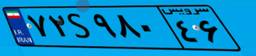
۲۳S۱۷۱۸۱